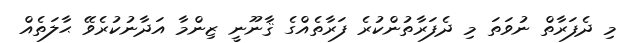
މި ދެފަރާތް ނުވަތަ މި ދެފަރާތުންކުރެ ފަރާތެއްގެ ޤާނޫނީ ޒިންމާ އަދާނުކުރެވޭ ޙާލަތެއް